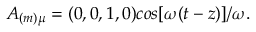
A _ { ( m ) \mu } = ( 0 , 0 , 1 , 0 ) c o s [ \omega ( t - z ) ] / \omega .